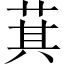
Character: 萁